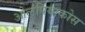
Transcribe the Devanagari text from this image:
ओलंपियाकोस